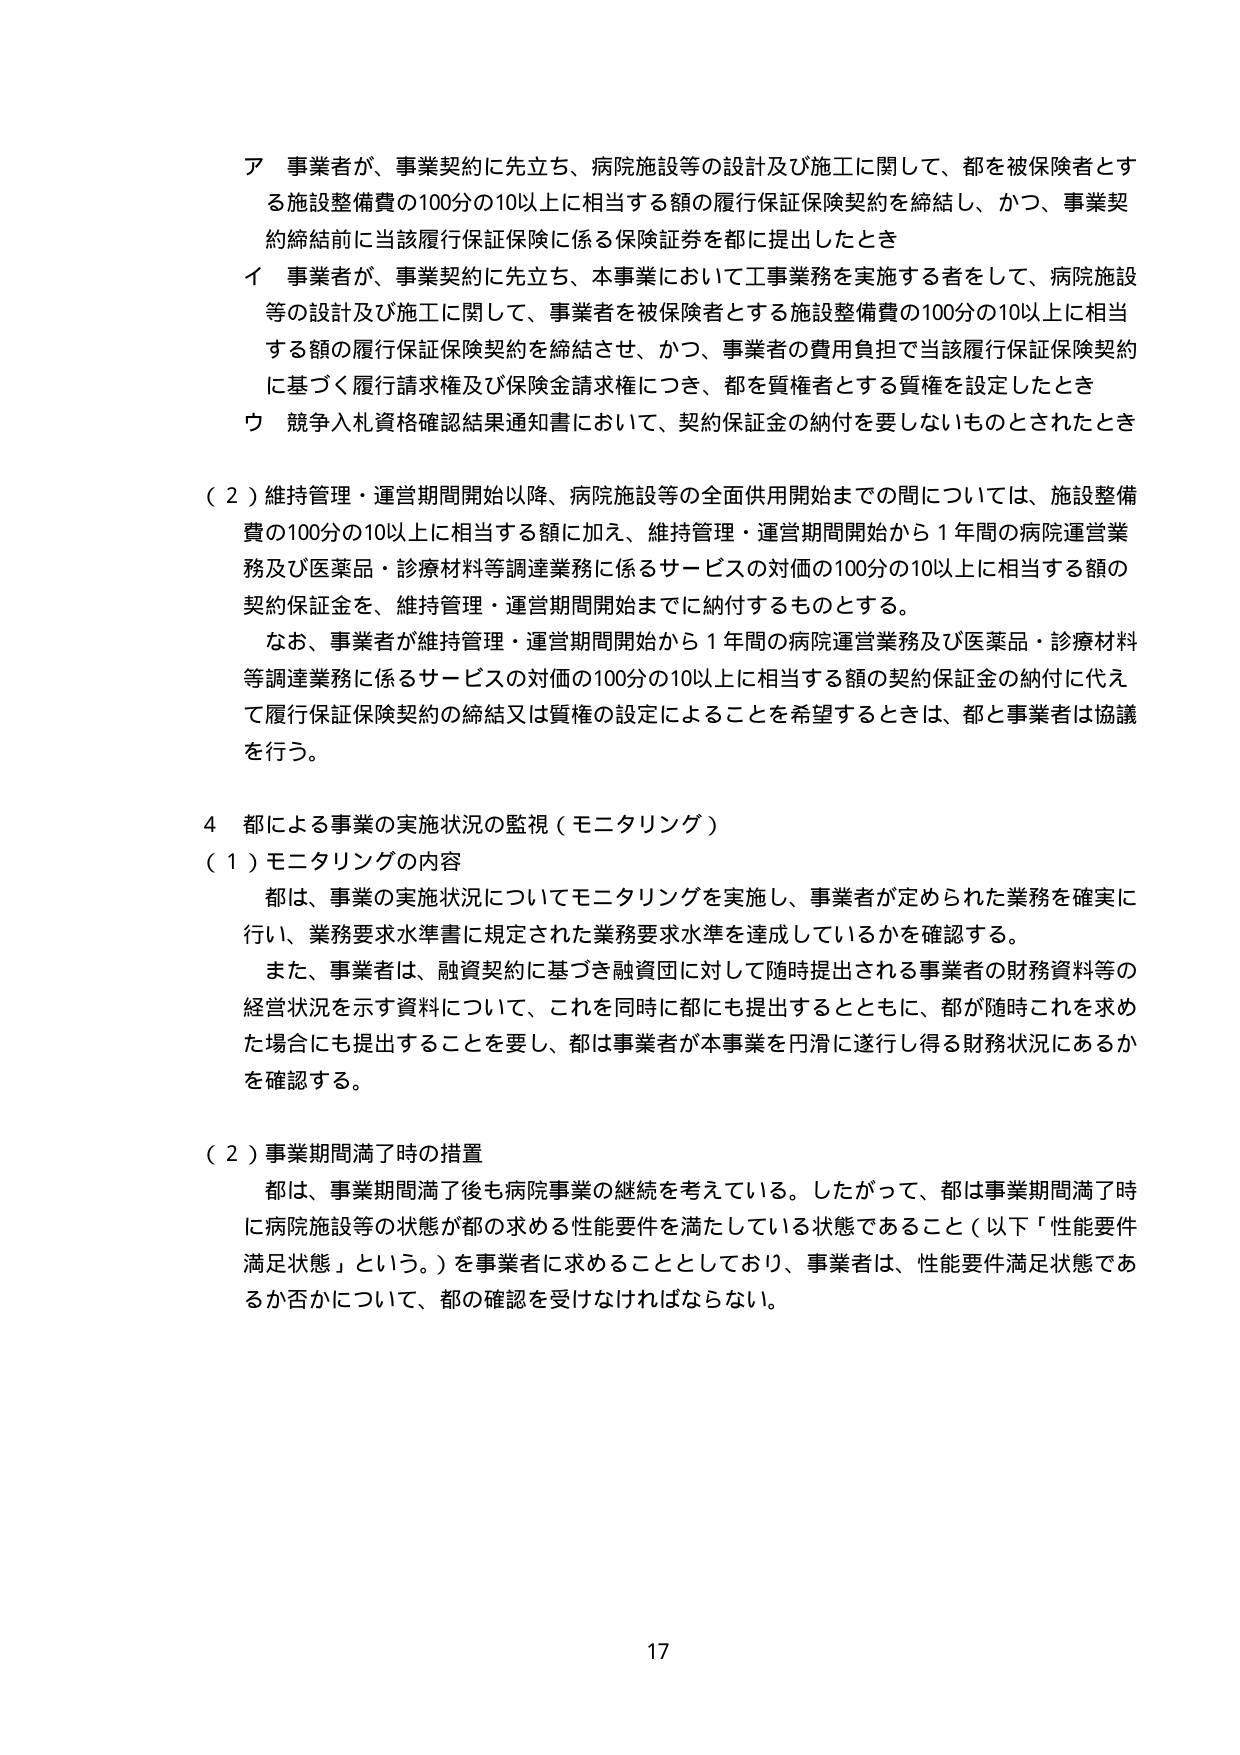
ア 事業者が、事業契約に先立ち、病院施設等の設計及び施工に関して、都を被保険者とする施設整備費の100分の10以上に相当する額の履行保証保険契約を締結し、かつ、事業契約締結前に当該履行保証保険に係る保険証券を都に提出したとき
イ 事業者が、事業契約に先立ち、本事業において工事業務を実施する者をして、病院施設等の設計及び施工に関して、事業者を被保険者とする施設整備費の100分の10以上に相当する額の履行保証保険契約を締結させ、かつ、事業者の費用負担で当該履行保証保険契約に基づく履行請求権及び保険金請求権につき、都を質権者とする質権を設定したとき
ウ 競争入札資格確認結果通知書において、契約保証金の納付を要しないものとされたとき

（２）維持管理・運営期間開始以降、病院施設等の全面供用開始までの間については、施設整備費の100分の10以上に相当する額に加え、維持管理・運営期間開始から１年間の病院運営業務及び医薬品・診療材料等調達業務に係るサービスの対価の100分の10以上に相当する額の契約保証金を、維持管理・運営期間開始までに納付するものとする。
なお、事業者が維持管理・運営期間開始から１年間の病院運営業務及び医薬品・診療材料等調達業務に係るサービスの対価の100分の10以上に相当する額の契約保証金の納付に代えて履行保証保険契約の締結又は質権の設定によることを希望するときは、都と事業者は協議を行う。

４ 都による事業の実施状況の監視（モニタリング）
（１）モニタリングの内容
都は、事業の実施状況についてモニタリングを実施し、事業者が定められた業務を確実に行い、業務要求水準書に規定された業務要求水準を達成しているかを確認する。
また、事業者は、融資契約に基づき融資団に対して随時提出される事業者の財務資料等の経営状況を示す資料について、これを同時に都にも提出するとともに、都が随時これを求めた場合にも提出することを要し、都は事業者が本事業を円滑に遂行し得る財務状況にあるかを確認する。

（２）事業期間満了時の措置
都は、事業期間満了後も病院事業の継続を考えている。したがって、都は事業期間満了時に病院施設等の状態が都の求める性能要件を満たしている状態であること（以下「性能要件満足状態」という。）を事業者に求めることとしており、事業者は、性能要件満足状態であるか否かについて、都の確認を受けなければならない。

17